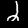
Digit: 2